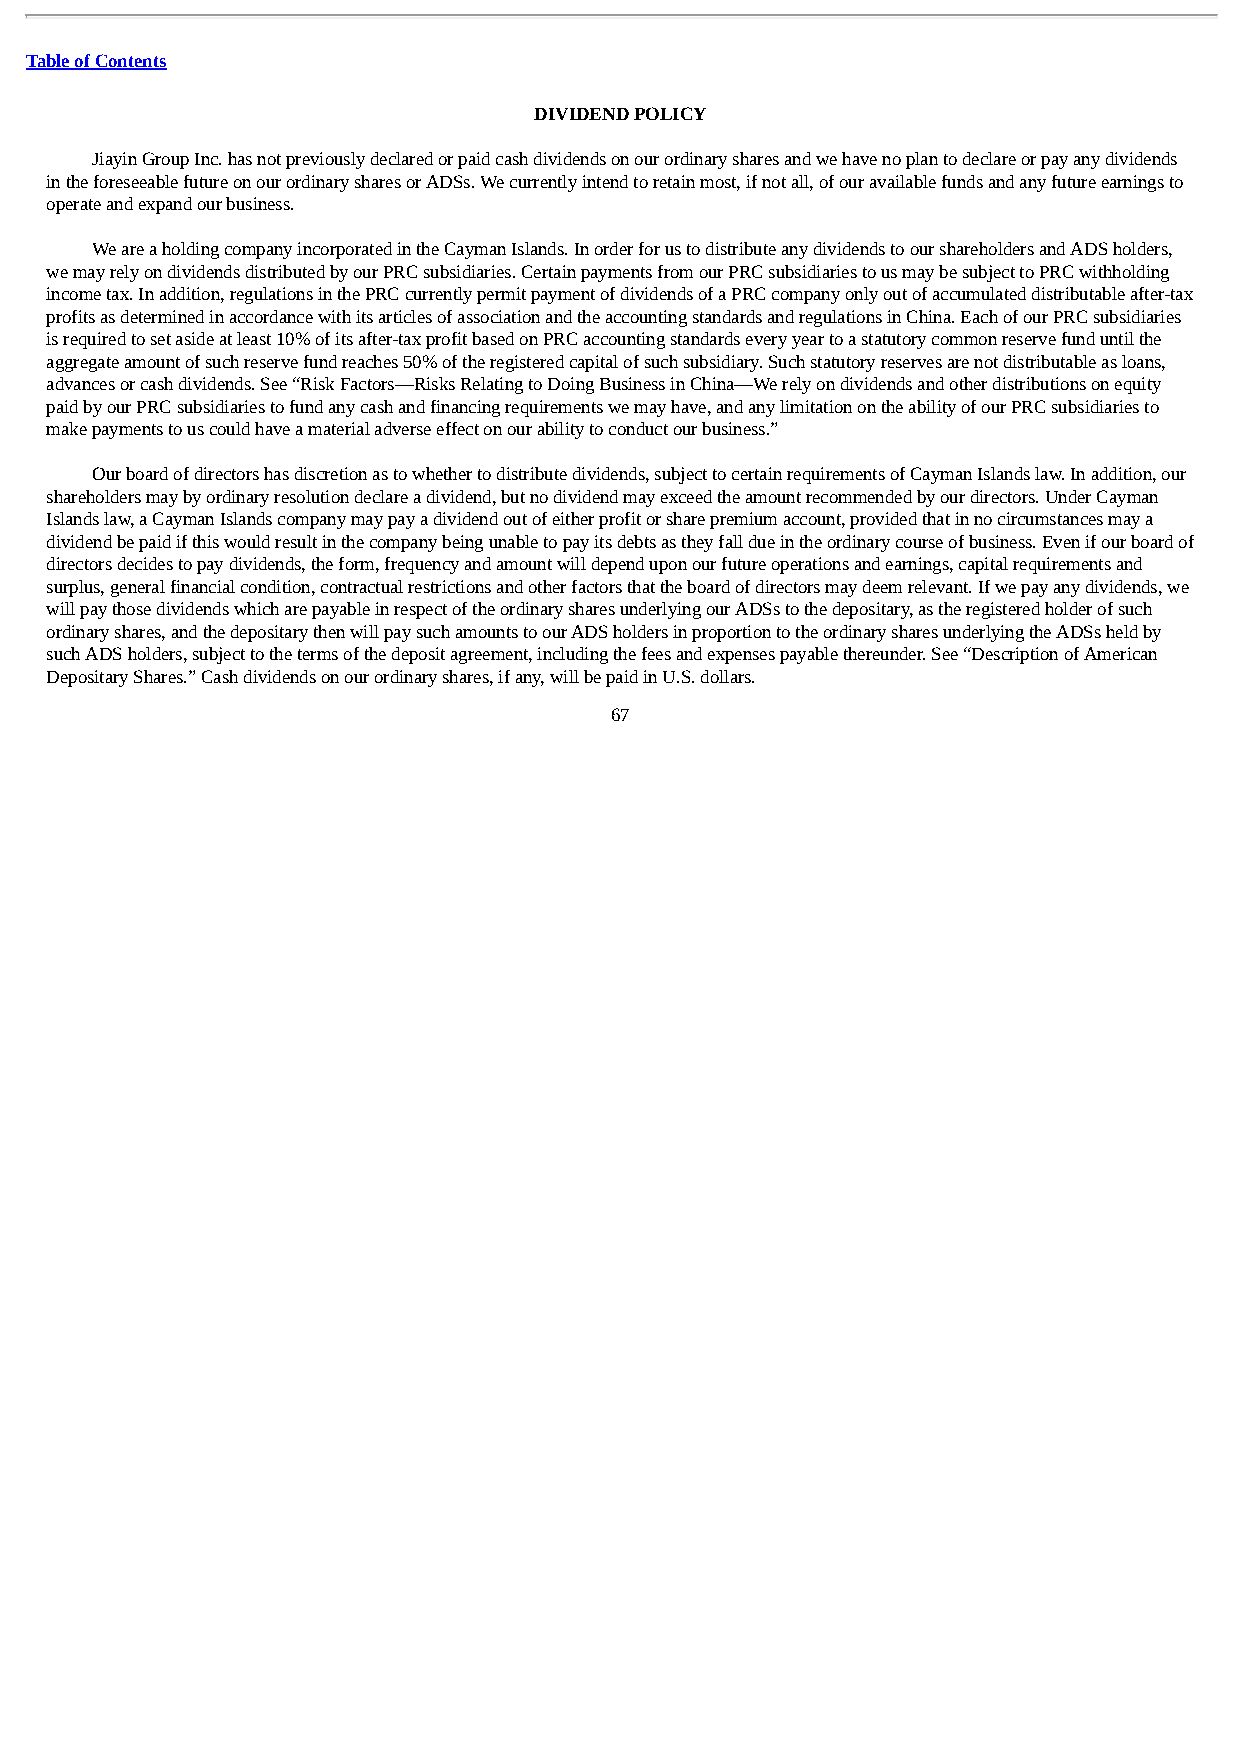
Table of Contents
 DIVIDEND POLICY
 Jiayin Group Inc. has not previously declared or paid cash dividends on our ordinary shares and we have no plan to declare or pay any dividends
 in the foreseeable future on our ordinary shares or ADSs. We currently intend to retain most, if not all, of our available funds and any future earnings to
 operate and expand our business.
 We are a holding company incorporated in the Cayman Islands. In order for us to distribute any dividends to our shareholders and ADS holders,
 we may rely on dividends distributed by our PRC subsidiaries. Certain payments from our PRC subsidiaries to us may be subject to PRC withholding
 income tax. In addition, regulations in the PRC currently permit payment of dividends of a PRC company only out of accumulated distributable after-tax
 profits as determined in accordance with its articles of association and the accounting standards and regulations in China. Each of our PRC subsidiaries
 is required to set aside at least 10% of its after-tax profit based on PRC accounting standards every year to a statutory common reserve fund until the
 aggregate amount of such reserve fund reaches 50% of the registered capital of such subsidiary. Such statutory reserves are not distributable as loans,
 advances or cash dividends. See “Risk Factors—Risks Relating to Doing Business in China—We rely on dividends and other distributions on equity
 paid by our PRC subsidiaries to fund any cash and financing requirements we may have, and any limitation on the ability of our PRC subsidiaries to
 make payments to us could have a material adverse effect on our ability to conduct our business.”
 Our board of directors has discretion as to whether to distribute dividends, subject to certain requirements of Cayman Islands law. In addition, our
 shareholders may by ordinary resolution declare a dividend, but no dividend may exceed the amount recommended by our directors. Under Cayman
 Islands law, a Cayman Islands company may pay a dividend out of either profit or share premium account, provided that in no circumstances may a
 dividend be paid if this would result in the company being unable to pay its debts as they fall due in the ordinary course of business. Even if our board of
 directors decides to pay dividends, the form, frequency and amount will depend upon our future operations and earnings, capital requirements and
 surplus, general financial condition, contractual restrictions and other factors that the board of directors may deem relevant. If we pay any dividends, we
 will pay those dividends which are payable in respect of the ordinary shares underlying our ADSs to the depositary, as the registered holder of such
 ordinary shares, and the depositary then will pay such amounts to our ADS holders in proportion to the ordinary shares underlying the ADSs held by
 such ADS holders, subject to the terms of the deposit agreement, including the fees and expenses payable thereunder. See “Description of American
 Depositary Shares.” Cash dividends on our ordinary shares, if any, will be paid in U.S. dollars.
 67